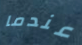
عندما